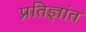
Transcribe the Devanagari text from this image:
प्रतिज्ञांत